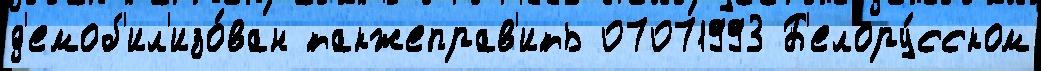
д'емоб'ил'изо́ван такжеправ'ить 07071993 Б'елору́сском